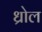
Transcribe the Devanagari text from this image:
ध्रोल